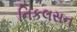
નિકલસન